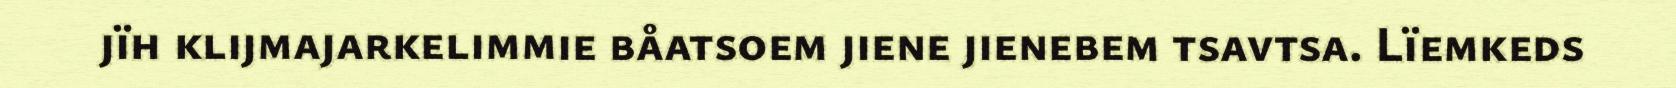
jïh klijmajarkelimmie båatsoem jiene jienebem tsavtsa. Lïemkeds